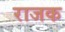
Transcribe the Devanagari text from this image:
राजक